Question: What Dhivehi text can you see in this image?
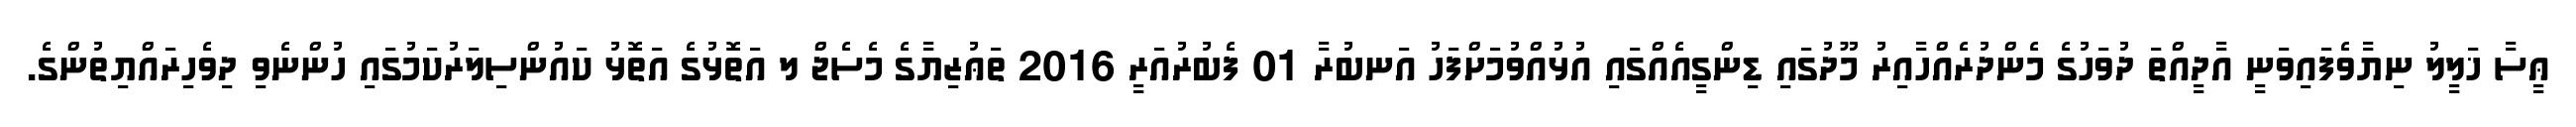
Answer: ޢީސާ ޚަލީލު ނިޔާވެފައިވަނީ އާދީއްތަ ދުވަހުގެ މެންދުރެއްހާއިރު މޫދުގައި ޑިންގީއެއްގައި އުޅުއްވުމަށްފަހު އަނބުރާ 01 ފެބުރުއަރީ 2016 ތަޢުޒިޔާގެ މެސެޖް ލ އަތޮޅުގެ އަތޮޅު ކައުންސިލަރުކަމުގައި ހުންނެވި ދިވެހިރައްޔިތުންގެ.